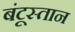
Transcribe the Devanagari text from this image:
बंटूस्तान